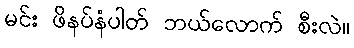
မင်း ဖိနပ်နံပါတ် ဘယ်လောက် စီးလဲ။